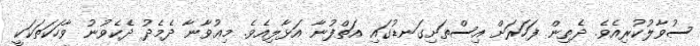
ސުވާލުކުރިއެވެ. ދެތިން ފަހަރަށް އިސްތަށިގަނޑުގައި އަތްފުނާ އަޅާލިއެވެ. މިޢުވާނާ ދެމެދު ދެކެވުނު ވާހަކަތަކަކީ